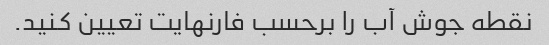
نقطه جوش آب را برحسب فارنهایت تعیین کنید.